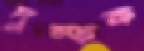
দুম্‌ড়ক